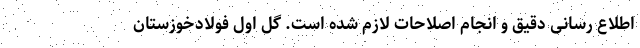
اطلاع رسانی دقیق و انجام اصلاحات لازم شده است. گل اول فولاد‌خوزستان